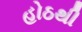
હોઠથી